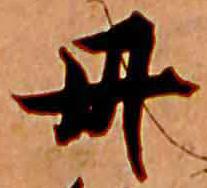
丹